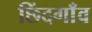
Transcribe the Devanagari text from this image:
छिंदगाँव